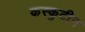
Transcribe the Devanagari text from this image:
कस्कुटीन